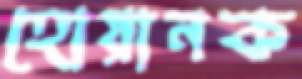
হোয়ানক